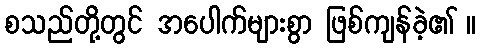
စသည်တို့တွင် အပေါက်များစွာ ဖြစ်ကျန်ခဲ့၏ ။